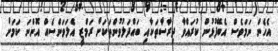
އެހެން ނަމަވެސް އެބޭފުޅުން ކުރައްވާ ދިރާސާތަކާއި ބައްދަލުވުންތަކަށް ރަމްޒީ އެލަވަންސެއް އޮންނަ ކަމަށް